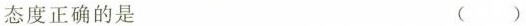
态度正确的是 ( )